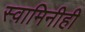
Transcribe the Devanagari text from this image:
स्वामिनीही